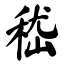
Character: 嵇